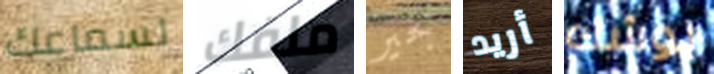
لسماعك ملفك بخير أريد يوشك